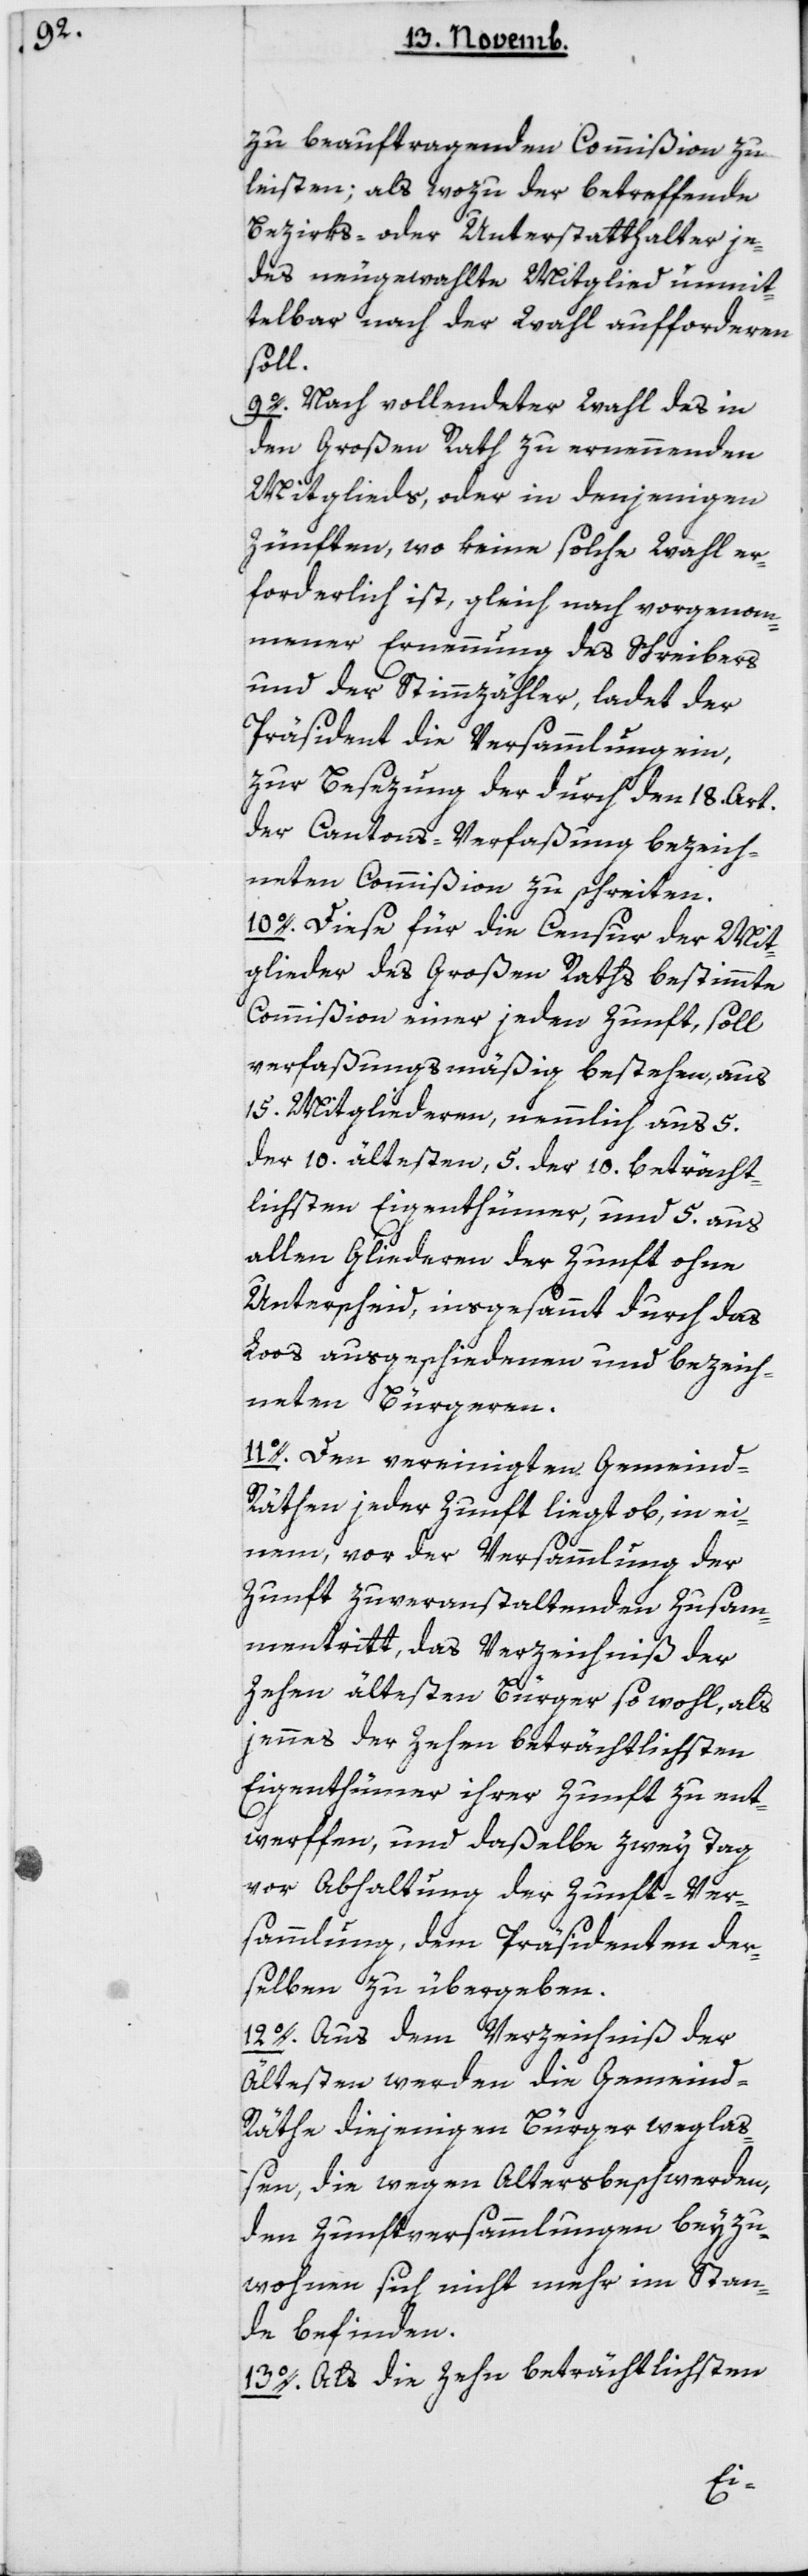
zu beauftragenden Commißion zu
leisten; als wozu der betreffende
Bezirks- oder Unterstatthalter je¬
des neu gewählte Mitglied unmit¬
telbar nach der Wahl aufforderen
soll.
9. Nach vollendeter Wahl des in
den Großen Rath zu ernennenden
Mitglieds, oder in denjenigen
Zünften, wo keine solche Wahl er¬
forderlich ist, gleich nach vorgenom¬
mener Ernennung des Schreibers
und der Stimmzähler, ladet der
Präsident die Versammlung ein,
zur Besetzung der durch den 18ten
der Cantons-Verfaßung bezeich¬
neten Commißion zu schreiten.
10. Diese für die Censur der Mit¬
glieder des großen Raths bestimmte
Commißion einer jeden Zunft, soll
verfaßungsmäßig bestehen, aus
15 Mitgliederen, nemmlich aus 5
der 10 ältesten, 5 der 10 beträcht¬
lichsten Eigenthümer und aus
allen Gliederen der Zunft ohne
Unterscheid, insgesammt durch das
Loos ausgeschiedenen und bezeich¬
neten Bürgeren.
11. Den vereinigten Gemein-R¬
äthen jeder Zunft liegt ob, in ei¬
nem, vor der Versammlung der
Zunft zu veranstaltenden Zusam¬
mentritt, das Verzeichniß der
zehen ältesten Bürger sowohl, als
jenes der zehen beträchtlichsten
Eigenthümer ihrer Zunft zu ent¬
werffen, und daßelbe zwey Tag
vor Abhaltung der Zunft-Ver¬
sammlung dem Präsidenten der¬
selben zu übergeben.
12. Aus dem Verzeichniß der
Ältesten werden die Gemeind-R¬
äthe diejenigen Bürger weglaß¬
en, die wegen Altersbeschwerden,
den Zunftversammlungen beyzu¬
wohnen sich nicht mehr im Stan¬
de befinden.
13. Als die zehn beträchtlichsten